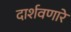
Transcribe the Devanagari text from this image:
दार्शवणारे